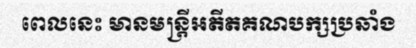
ពេលនេះ មានមន្ត្រីអតីតគណបក្សប្រឆាំង